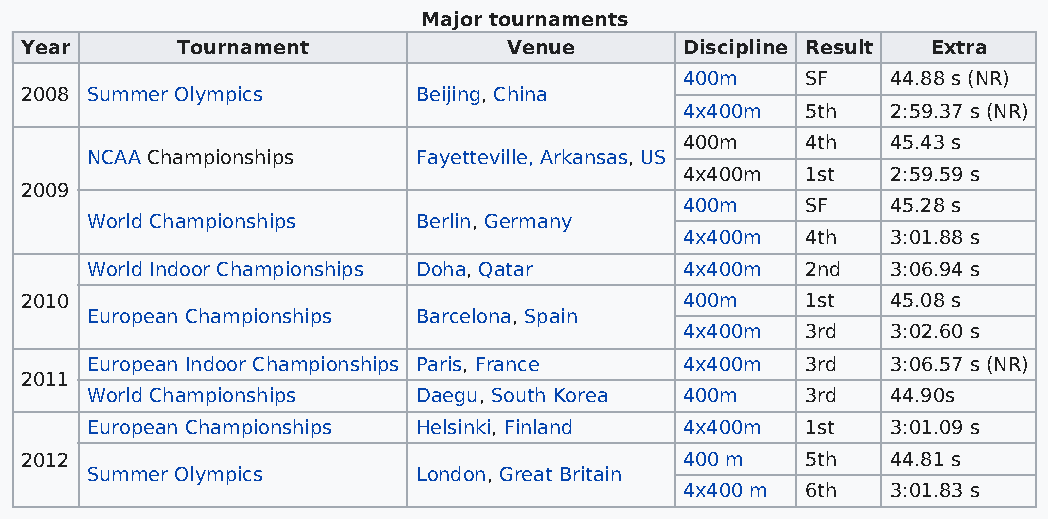
Major tournaments
 Year       Tournament            Venue      Discipline Result Extra
 400m    SF    44.88 s (NR)
 2008 Summer Olympics       Beijing, China
 4x400m  5th   2:59.37 s (NR)
 400m    4th   45.43 s
 NCAA Championships    Fayetteville, Arkansas, US
 4x400m  1st   2:59.59 s
 2009
 400m    SF    45.28 s
 World Championships   Berlin, Germany
 4x400m  4th   3:01.88 s
 World Indoor Championships Doha, Qatar 4x400m  2nd   3:06.94 s
 2010                                        400m    1st   45.08 s
 European Championships Barcelona, Spain
 4x400m  3rd   3:02.60 s
 European Indoor Championships Paris, France 4x400m 3rd 3:06.57 s (NR)
 2011
 World Championships   Daegu, South Korea 400m  3rd   44.90s
 European Championships Helsinki, Finland 4x400m 1st  3:01.09 s
 2012                                        400 m   5th   44.81 s
 Summer Olympics       London, Great Britain
 4x400 m 6th   3:01.83 s